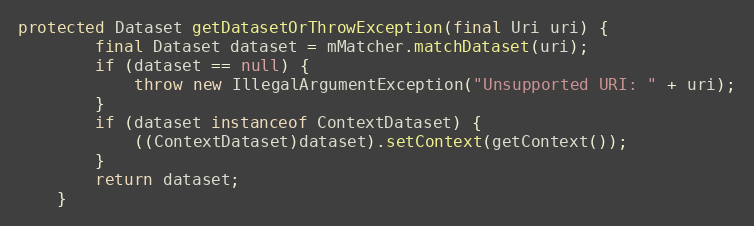
Language: Java
protected Dataset getDatasetOrThrowException(final Uri uri) {
		final Dataset dataset = mMatcher.matchDataset(uri);
		if (dataset == null) {
			throw new IllegalArgumentException("Unsupported URI: " + uri);
		}
		if (dataset instanceof ContextDataset) {
			((ContextDataset)dataset).setContext(getContext());
		}
		return dataset;
	}